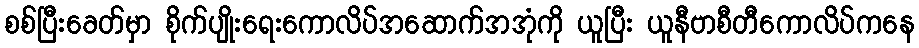
စစ်ပြီးခေတ်မှာ စိုက်ပျိုးရေးကောလိပ်အဆောက်အအုံကို ယူပြီး ယူနီဗာစီတီကောလိပ်ကနေ